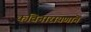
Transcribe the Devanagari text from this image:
कविनारायणाने